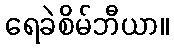
ရေခဲစိမ်ဘီယာ။